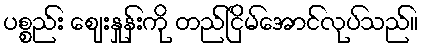
ပစ္စည်း ဈေးနှုန်းကို တည်ငြိမ်အောင်လုပ်သည်။